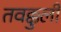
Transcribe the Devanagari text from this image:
तवक्कुली